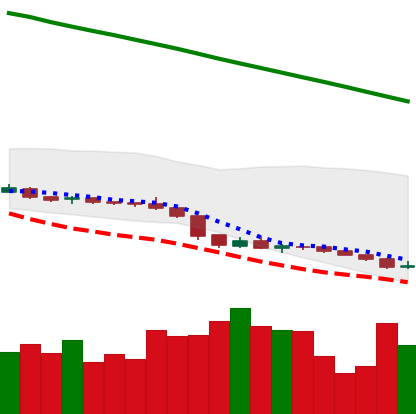
Ticker: XLM-USD
Chart end date: 2019-02-07
Forward return: 3.92%
Label: up_3_5